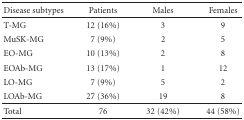
<table><thead><tr><td><b>Disease subtypes</b></td><td><b>Patients</b></td><td><b>Males</b></td><td><b>Females</b></td></tr></thead><tbody><tr><td>T-MG</td><td>12 (16%)</td><td>3</td><td>9</td></tr><tr><td>MuSK-MG</td><td>7 (9%)</td><td>2</td><td>5</td></tr><tr><td>EO-MG</td><td>10 (13%)</td><td>2</td><td>8</td></tr><tr><td>EOAb-MG</td><td>13 (17%)</td><td>1</td><td>12</td></tr><tr><td>LO-MG</td><td>7 (9%)</td><td>5</td><td>2</td></tr><tr><td>LOAb-MG</td><td>27 (36%)</td><td>19</td><td>8</td></tr><tr><td>Total</td><td>76</td><td>32 (42%)</td><td>44 (58%)</td></tr></tbody></table>